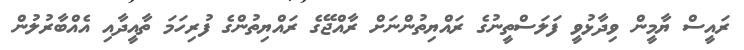
ރައީސް ޔާމީން ވިދާޅުވީ ފަލަސްތީނުގެ ރައްޔިތުންނަށް ރާއްޖޭގެ ރައްޔިތުންގެ ފުރިހަމަ ތާއީދާއި އެއްބާރުލުން